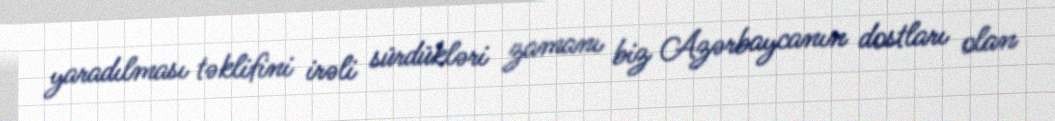
yaradılması təklifini irəli sürdükləri zamanı biz Azərbaycanın dostları olan